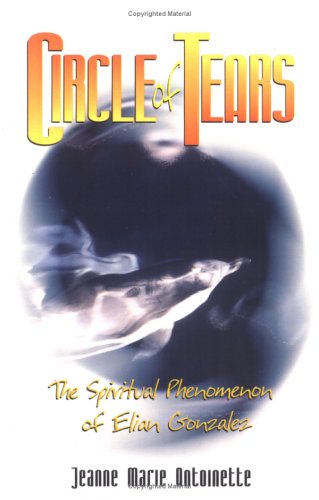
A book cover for Circle of Tears; Jean Marie Antoinette; Comics & Graphic Novels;